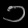
Digit: ၁